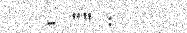
- "" :